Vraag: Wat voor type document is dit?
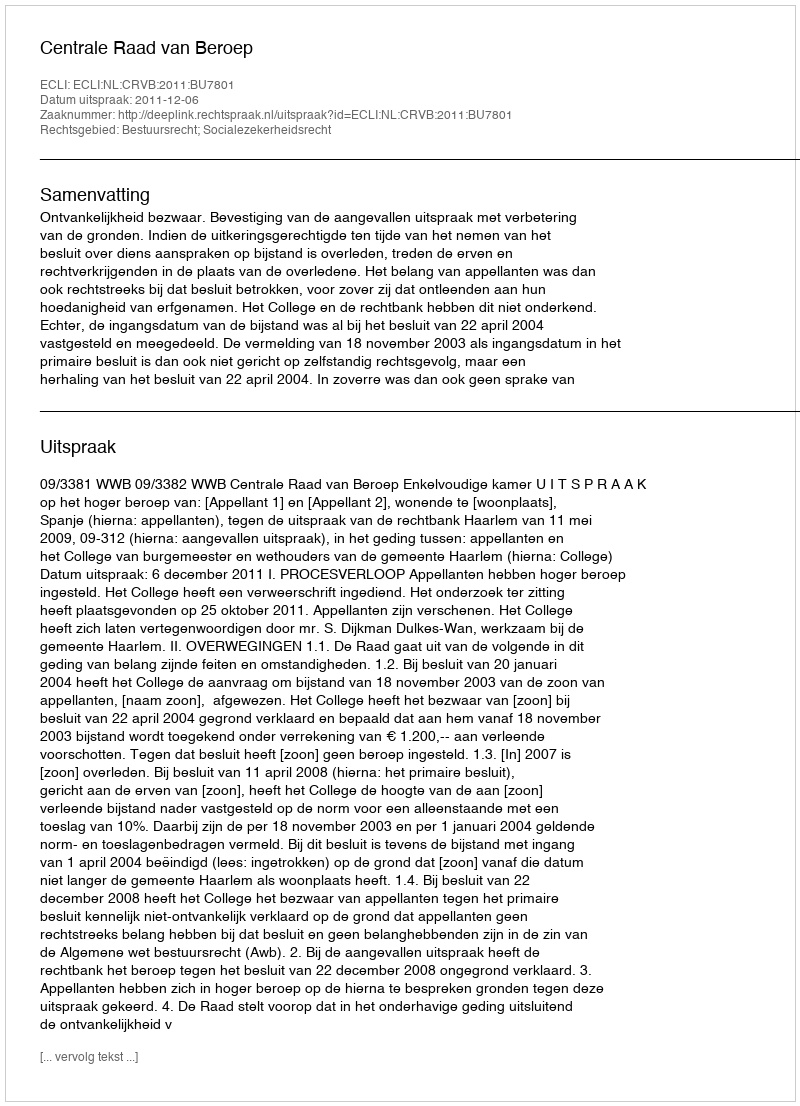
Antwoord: Uitspraak